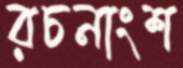
রচনাংশ